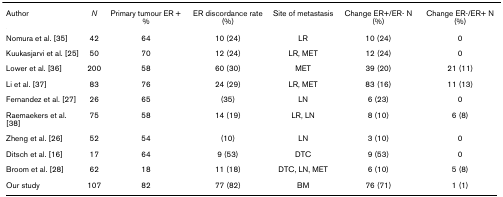
<table><thead><tr><td><b>Author</b></td><td><b><i>N</i></b></td><td><b>Primary tumour ER + %</b></td><td><b>ER discordance rate (%)</b></td><td><b>Site of metastasis</b></td><td><b>Change ER+/ER- N (%)</b></td><td><b>Change ER-/ER+ N (%)</b></td></tr></thead><tbody><tr><td>Nomura et al. [35]</td><td>42</td><td>64</td><td>10 (24)</td><td>LR</td><td>10 (24)</td><td>0</td></tr><tr><td>Kuukasjarvi et al. [25]</td><td>50</td><td>70</td><td>12 (24)</td><td>LR, MET</td><td>12 (24)</td><td>0</td></tr><tr><td>Lower et al. [36]</td><td>200</td><td>58</td><td>60 (30)</td><td>MET</td><td>39 (20)</td><td>21 (11)</td></tr><tr><td>Li et al. [37]</td><td>83</td><td>76</td><td>24 (29)</td><td>LR, MET</td><td>83 (16)</td><td>11 (13)</td></tr><tr><td>Fernandez et al. [27]</td><td>26</td><td>65</td><td>(35)</td><td>LN</td><td>6 (23)</td><td>0</td></tr><tr><td>Raemaekers et al. [38]</td><td>75</td><td>58</td><td>14 (19)</td><td>LR, LN</td><td>8 (10)</td><td>6 (8)</td></tr><tr><td>Zheng et al. [26]</td><td>52</td><td>54</td><td>(10)</td><td>LN</td><td>3 (10)</td><td>0</td></tr><tr><td>Ditsch et al. [16]</td><td>17</td><td>64</td><td>9 (53)</td><td>DTC</td><td>9 (53)</td><td>0</td></tr><tr><td>Broom et al. [28]</td><td>62</td><td>18</td><td>11 (18)</td><td>DTC, LN, MET</td><td>6 (10)</td><td>5 (8)</td></tr><tr><td>Our study</td><td>107</td><td>82</td><td>77 (82)</td><td>BM</td><td>76 (71)</td><td>1 (1)</td></tr></tbody></table>